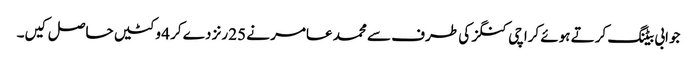
جوابی بیٹنگ کرتے ہوئے کراچی کنگز کی طرف سے محمد عامر نے 25 رنز دے کر 4 وکٹیں حاصل کیں۔